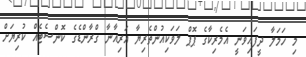
މި ހަމަލާ ދީފައިވަނީ އެމެރިކާގެ ޕޮޕް ލަވަކިއުންތެރިޔާ އަރިއާނާ ގްރާންޑެގެ ކޮންސެޓެއް ކުރިޔަށް